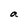
Character: a